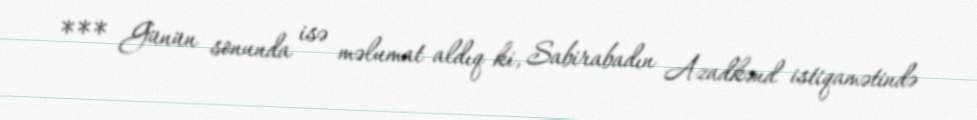
*** Günün sonunda isə məlumat aldıq ki, Sabirabadın Azadkənd istiqamətində